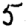
Digit: 5